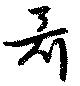
聶